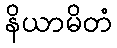
နိယာမိတံ